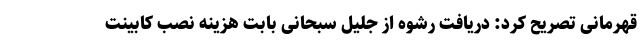
قهرمانی تصریح کرد: دریافت رشوه از جلیل سبحانی بابت هزینه نصب کابینت